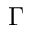
\Gamma